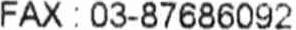
FAX : 03-87686092